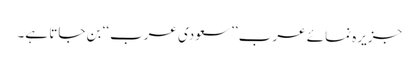
جزیرہ نمائے عرب ’’سعودی عرب‘‘ بن جاتا ہے۔